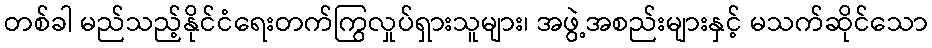
တစ်ခါ မည်သည့်နိုင်ငံရေးတက်ကြွလှုပ်ရှားသူများ၊ အဖွဲ့အစည်းများနှင့် မသက်ဆိုင်သော